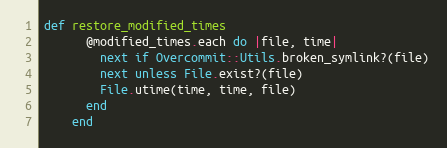
Language: Ruby
def restore_modified_times
      @modified_times.each do |file, time|
        next if Overcommit::Utils.broken_symlink?(file)
        next unless File.exist?(file)
        File.utime(time, time, file)
      end
    end